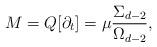
LaTeX: \begin{align*}M=Q[\partial _{t}]=\mu \frac{\Sigma _{d-2}}{\Omega _{d-2}},\end{align*}